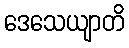
ဒေသေယျာတိ